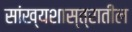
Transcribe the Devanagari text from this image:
सांख्यशास्त्रातील